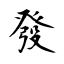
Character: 發